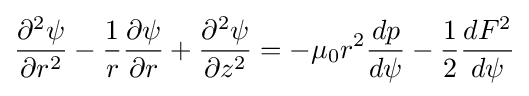
{\frac {\partial ^{2}\psi }{\partial r^{2}}}-{\frac {1}{r}}{\frac {\partial \psi }{\partial r}}+{\frac {\partial ^{2}\psi }{\partial z^{2}}}=-\mu _{0}r^{2}{\frac {dp}{d\psi }}-{\frac {1}{2}}{\frac {dF^{2}}{d\psi }}